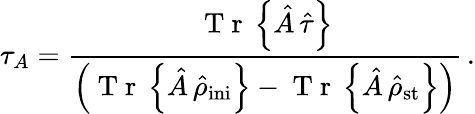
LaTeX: \tau_{A}=\frac{\mathrm{~T~r~}\left\{ {\hat{A}}\, {\hat{\tau}}\right\} }{\left(\mathrm{~T~r~}\left\{ {\hat{A}}\, {\hat{\rho}}_{\mathrm{ini}}\right\} -\mathrm{~T~r~}\left\{ {\hat{A}}\, {\hat{\rho}}_{\mathrm{st}}\right\} \right)}\, .